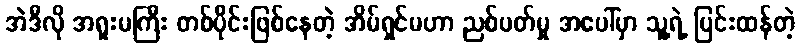
အဲဒီလို အရူးမကြီး တစ်ပိုင်းဖြစ်နေတဲ့ အိမ်ရှင်မဟာ ညစ်ပတ်မှု အပေါ်မှာ သူ့ရဲ့ ပြင်းထန်တဲ့